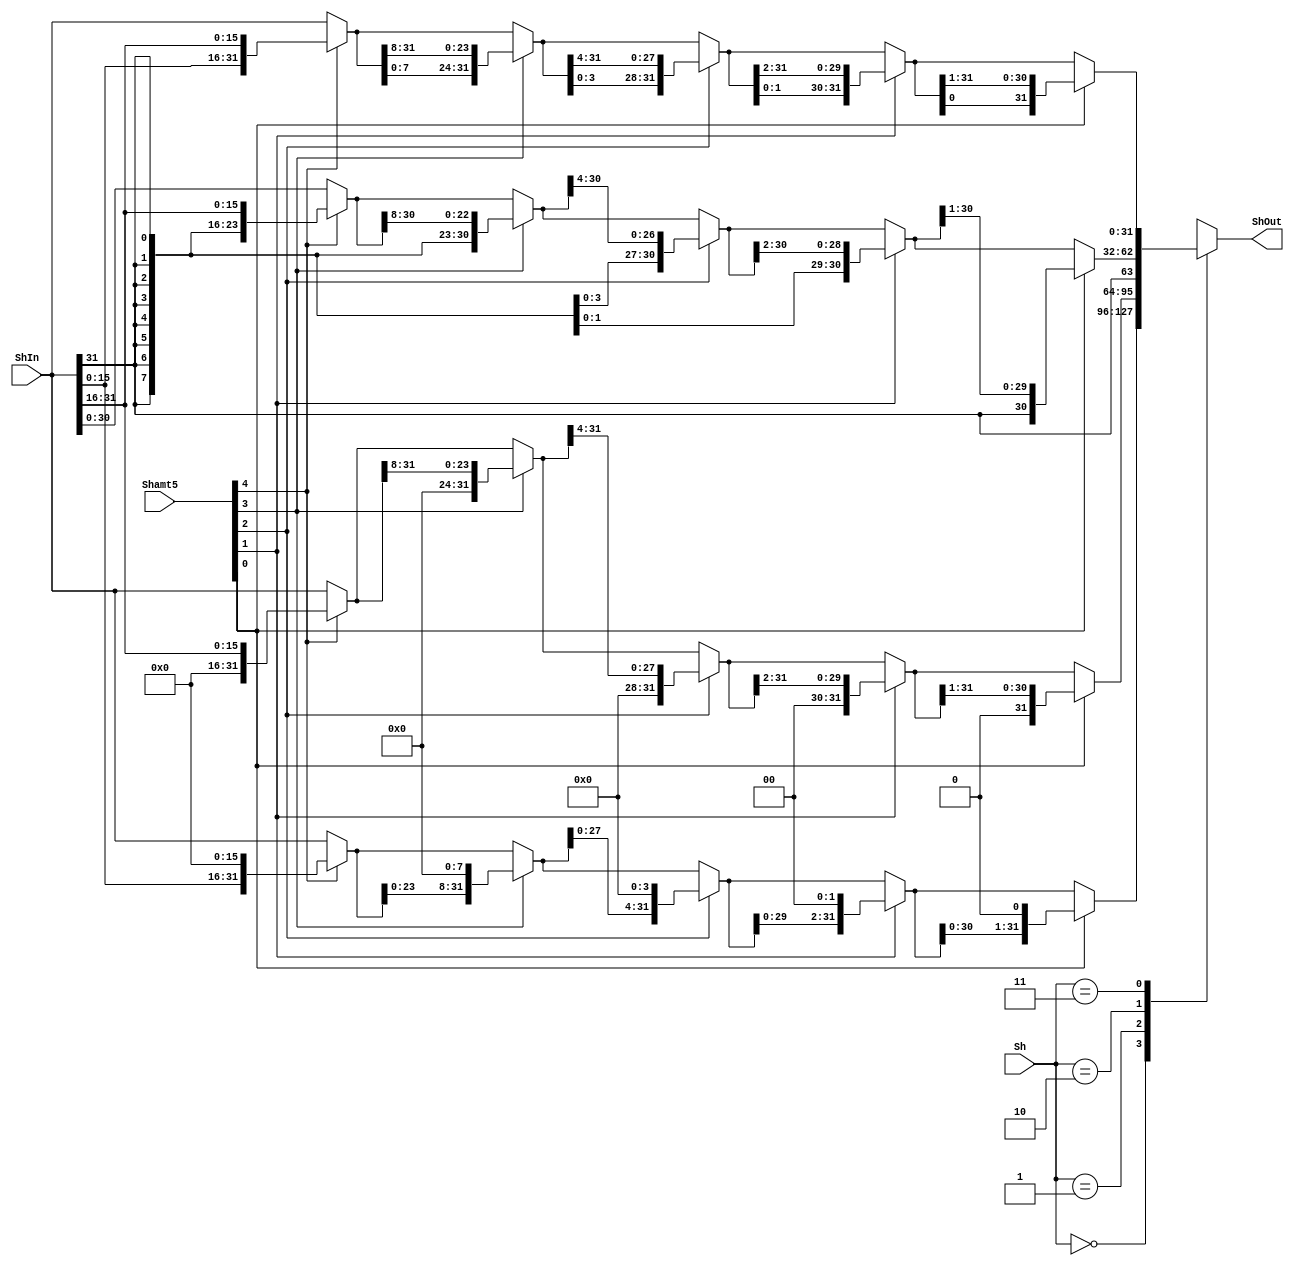
module Shifter(
    input [1:0] Sh,
    input [4:0] Shamt5,
    input [31:0] ShIn,
    
    output [31:0] ShOut
);

    // always @* begin
    //     case(Sh)
    //         2'b00: ShOut = {ShIn[(31-Shamt5):0], {Shamt5{1'b0}}};
    //         2'b01: ShOut = {{Shamt5{1'b0}}, ShIn[31:Shamt5]};
    //         2'b10: ShOut = {{Shamt5{ShIn[31]}}, ShIn[31:Shamt5]};
    //         2'b11: ShOut = {ShIn[Shamt5-1:0], ShIn[31:Shamt5]};
    //     endcase
    // end

    reg [31:0] ShMid [4:0];

    always @* begin
        case(Sh)
            2'b00: begin
                ShMid[0] = (Shamt5[4]) ? {ShIn[15:0], {16{1'b0}}} : ShIn;
                ShMid[1] = (Shamt5[3]) ? {ShMid[0][23:0], {8{1'b0}}} : ShMid[0];
                ShMid[2] = (Shamt5[2]) ? {ShMid[1][27:0], {4{1'b0}}} : ShMid[1];
                ShMid[3] = (Shamt5[1]) ? {ShMid[2][29:0], {2{1'b0}}} : ShMid[2];
                ShMid[4] = (Shamt5[0]) ? {ShMid[3][30:0], 1'b0     } : ShMid[3];            
            end
            2'b01: begin
                ShMid[0] = (Shamt5[4]) ? {{16{1'b0}}, ShIn[31:16]} : ShIn;
                ShMid[1] = (Shamt5[3]) ? {{8{1'b0}}, ShMid[0][31:8]} : ShMid[0];
                ShMid[2] = (Shamt5[2]) ? {{4{1'b0}}, ShMid[1][31:4]} : ShMid[1];
                ShMid[3] = (Shamt5[1]) ? {{2{1'b0}}, ShMid[2][31:2]} : ShMid[2];
                ShMid[4] = (Shamt5[0]) ? {  {1'b0} , ShMid[3][31:1]} : ShMid[3];            
            end
            2'b10: begin
                ShMid[0] = (Shamt5[4]) ? {{16{ShIn[31]}}, ShIn[31:16]} : ShIn;
                ShMid[1] = (Shamt5[3]) ? {{8{ShIn[31]}}, ShMid[0][31:8]} : ShMid[0];
                ShMid[2] = (Shamt5[2]) ? {{4{ShIn[31]}}, ShMid[1][31:4]} : ShMid[1];
                ShMid[3] = (Shamt5[1]) ? {{2{ShIn[31]}}, ShMid[2][31:2]} : ShMid[2];
                ShMid[4] = (Shamt5[0]) ? {  {ShIn[31]} , ShMid[3][31:1]} : ShMid[3];             
            end
            2'b11: begin
                ShMid[0] = (Shamt5[4]) ? {ShIn[15:0], ShIn[31:16]} : ShIn;
                ShMid[1] = (Shamt5[3]) ? {ShMid[0][7:0], ShMid[0][31:8]} : ShMid[0];
                ShMid[2] = (Shamt5[2]) ? {ShMid[1][3:0], ShMid[1][31:4]} : ShMid[1];
                ShMid[3] = (Shamt5[1]) ? {ShMid[2][1:0], ShMid[2][31:2]} : ShMid[2];
                ShMid[4]  = (Shamt5[0]) ? {ShMid[3][0]  , ShMid[3][31:1]} : ShMid[3];         
            end
        endcase 
    end

    assign ShOut = ShMid[4];

    /*
        LSL 00
        LSR 01
        ASR 10
        ROR 11
    */
endmodule